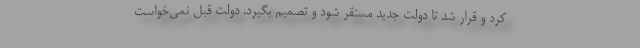
کرد و قرار شد تا دولت جدید مستقر شود و تصمیم بگیرد. دولت قبل نمی‌خواست